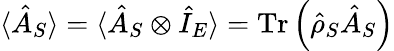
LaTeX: \langle\hat{A}_{S}\rangle=\langle\hat{A}_{S}\otimes\hat{I}_{E}\rangle=\textrm{Tr}\left(\hat{\rho}_{S}\hat{A}_{S}\right)